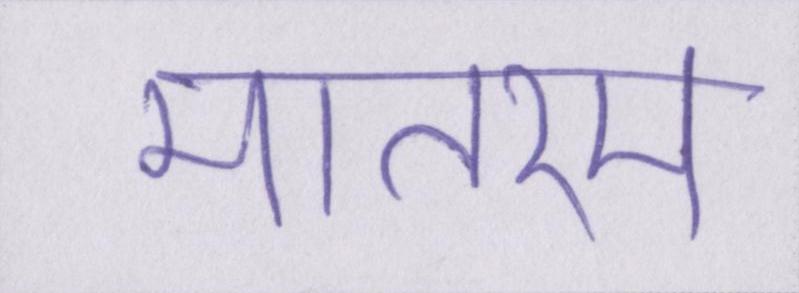
मातरम